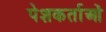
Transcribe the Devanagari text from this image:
पेशकर्ताओं